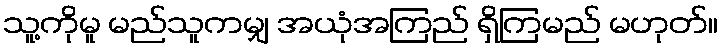
သူ့ကိုမူ မည်သူကမျှ အယုံအကြည် ရှိကြမည် မဟုတ်။